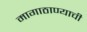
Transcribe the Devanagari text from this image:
मागाठाण्याची